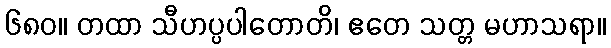
၆၈၀။ တထာ သီဟပ္ပပါတောတိ၊ ဧတေ သတ္တ မဟာသရာ။